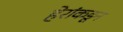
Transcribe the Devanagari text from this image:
हेरांकडून